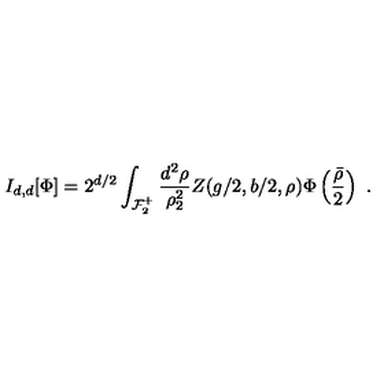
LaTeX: I _ { d , d } [ \Phi ] = 2 ^ { d / 2 } \int _ { { \cal F } _ { 2 } ^ { + } } \frac { d ^ { 2 } \rho } { \rho _ { 2 } ^ { 2 } } Z ( g / 2 , b / 2 , \rho ) \Phi \left( \frac { \bar { \rho } } { 2 } \right) \ .